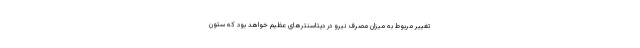
تغییر مربوط به میزان مصرف نیرو در دیتاسنترهای عظیم خواهد بود که ستون